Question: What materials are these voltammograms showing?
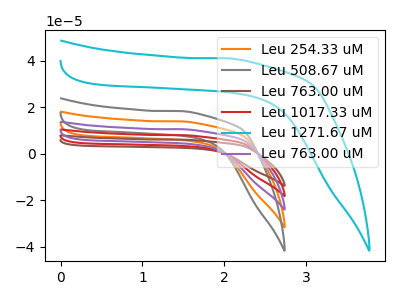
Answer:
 <answer>The orange curve is labeled "Leu 254.33 uM". The gray curve is labeled "Leu 508.67 uM". The brown curve is labeled "Leu 763.00 uM". The red curve is labeled "Leu 1017.33 uM". The cyan curve is labeled "Leu 1271.67 uM". The purple curve is labeled "Leu 763.00 uM".</answer>
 <eval></eval>